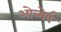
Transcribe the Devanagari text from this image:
ओब्सेर्व